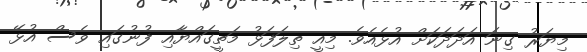
މިޔަރު ގިނަ އަދަދަކަށް އުޅެއެވެ. މިއީ ތިލަފަޅު މަތީގައްޔާއި ފުނުގައި ވެސް އުޅޭ